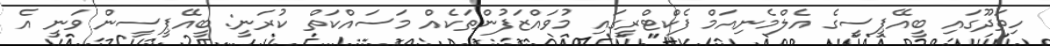
ހިތަދޫގައި ބީއޭޕީސީގެ އެލްމެނިއަމް ފެކްޓްރީގައި މުވައްޒަފުންތަކެއް މަސައްކަތް ކުރަނީ: ބީއޭޕީސީން ވަނީ އެ